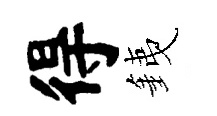
得銕